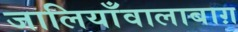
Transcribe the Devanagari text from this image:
जालियाँवालाबाग़